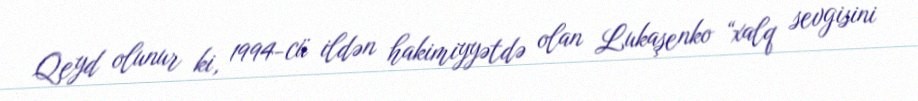
Qeyd olunur ki, 1994-cü ildən hakimiyyətdə olan Lukaşenko “xalq sevgisini